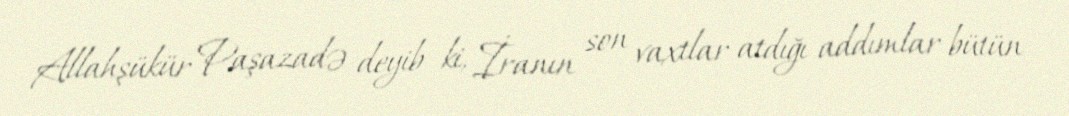
Allahşükür Paşazadə deyib ki, İranın son vaxtlar atdığı addımlar bütün